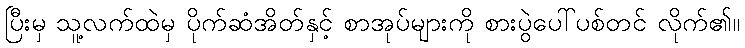
ပြီးမှ သူ့လက်ထဲမှ ပိုက်ဆံအိတ်နှင့် စာအုပ်များကို စားပွဲပေါ်ပစ်တင် လိုက်၏။